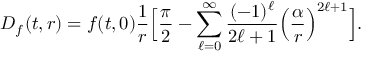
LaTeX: { \cal D } _ { f } ( t , r ) = f ( t , 0 ) { \frac { 1 } { r } } \Big [ { \frac { \pi } { 2 } } - \sum _ { \ell = 0 } ^ { \infty } { \frac { ( - 1 ) ^ { \ell } } { 2 \ell + 1 } } \Big ( { \frac { \alpha } { r } } \Big ) ^ { 2 \ell + 1 } \Big ] .